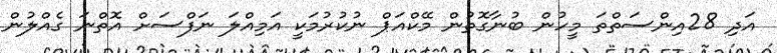
އަދި 28އިންސަތްތަ މީހުން ބުނާގޮތުން މޭކްއަޕް ނުކުރުމަކީ އަމިއްލަ ނަފްސަށް އޮތްނަ ގެއްލުން